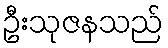
ဦးသုဇနသည်